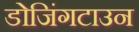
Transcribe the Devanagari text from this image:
डोजिंगटाउन